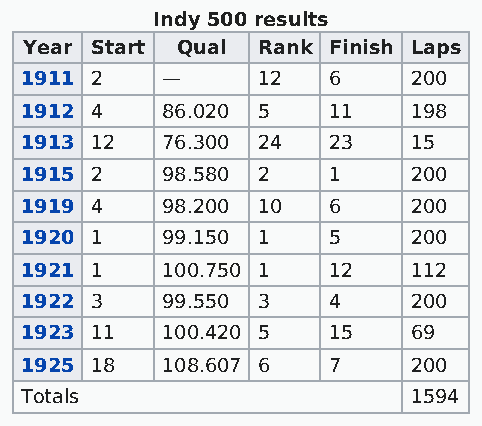
Indy 500 results
 Year Start Qual Rank Finish Laps
 1911 2    —     12   6    200
 1912 4    86.020 5   11   198
 1913 12   76.300 24  23   15
 1915 2    98.580 2   1    200
 1919 4    98.200 10  6    200
 1920 1    99.150 1   5    200
 1921 1    100.750 1  12   112
 1922 3    99.550 3   4    200
 1923 11   100.420 5  15   69
 1925 18   108.607 6  7    200
 Totals                    1594